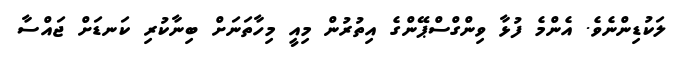
ލަކުޑިންނެވެ. އެންމެ ފުޅާ ވިންގްސްޕޭންގެ އިތުރުން މިއީ މިހާތަނަށް ބިނާކުރި ކަނޑަށް ޖައްސާ